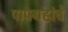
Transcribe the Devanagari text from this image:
पापग्रहांचे